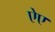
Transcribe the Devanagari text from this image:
ऐए